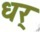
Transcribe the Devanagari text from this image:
धर्